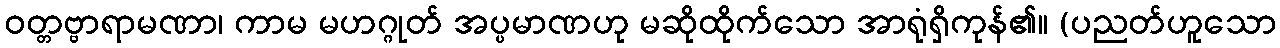
ဝတ္တဗ္ဗာရာမဏာ၊ ကာမ မဟဂ္ဂုတ် အပ္ပမာဏဟု မဆိုထိုက်သော အာရုံရှိကုန်၏။ (ပညတ်ဟူသော